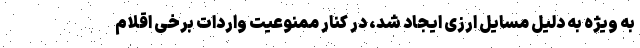
به ویژه به دلیل مسایل ارزی ایجاد شد، در کنار ممنوعیت واردات برخی اقلام